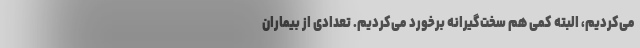
می‌کردیم، البته کمی هم سخت‌گیرانه برخورد می‌کردیم. تعدادی از بیماران